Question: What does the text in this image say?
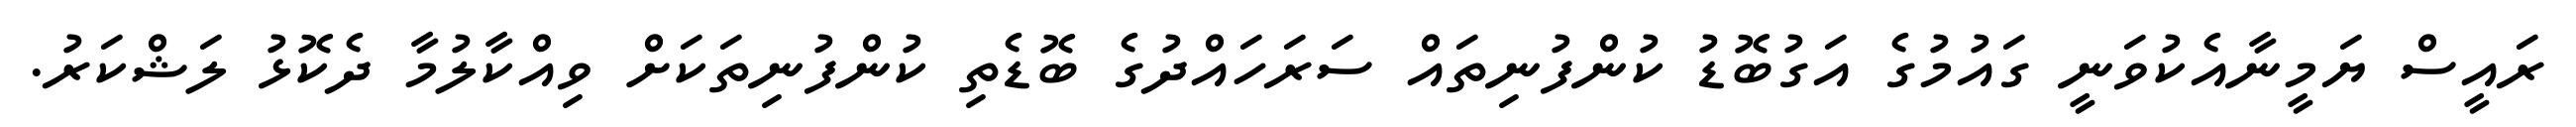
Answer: ރައީސް ޔަމީނާއެކުވަނީ ގައުމުގެ އަގުބޮޑު ކުންފުނިތައް ސަރަހައްދުގެ ބޮޑެތި ކުންފުނިތަކަށް ވިއްކާލުމާ ދެކޮޅު ލަޝްކަރު.